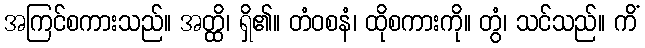
အကြင်စကားသည်။ အတ္ထိ၊ ရှိ၏။ တံဝစနံ၊ ထိုစကားကို။ တွံ၊ သင်သည်။ ကိံ